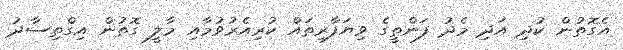
އެގޮތުން ކުދި އަދި މެދު ފަންތީގެ ވިޔަފާރިތައް ކުރިއެރުވުމާއި މާލީ ގޮތުން އިގްތިސާދު